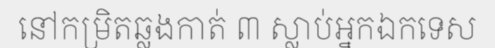
នៅកម្រិតឆ្លងកាត់ ៣ ស្លាប់អ្នកឯកទេស